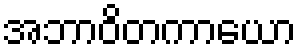
အဘာဝိတကာယော